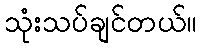
သုံးသပ်ချင်တယ်။